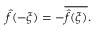
{ \hat { f } } ( - \xi ) = - { \overline { { { \hat { f } } ( \xi ) } } } .